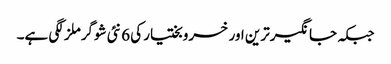
جبکہ جانگیرترین اور خسرو بختیار کی 6 نئی شوگرملز لگی ہے۔